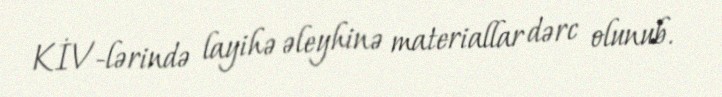
KİV-lərində layihə əleyhinə materiallar dərc olunub.